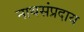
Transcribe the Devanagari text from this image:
नाथसंप्रदाय